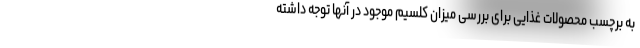
به برچسب محصولات غذایی برای بررسی میزان کلسیم موجود در آنها توجه داشته